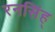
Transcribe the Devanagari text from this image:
रनसिंह्